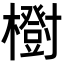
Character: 𣟑